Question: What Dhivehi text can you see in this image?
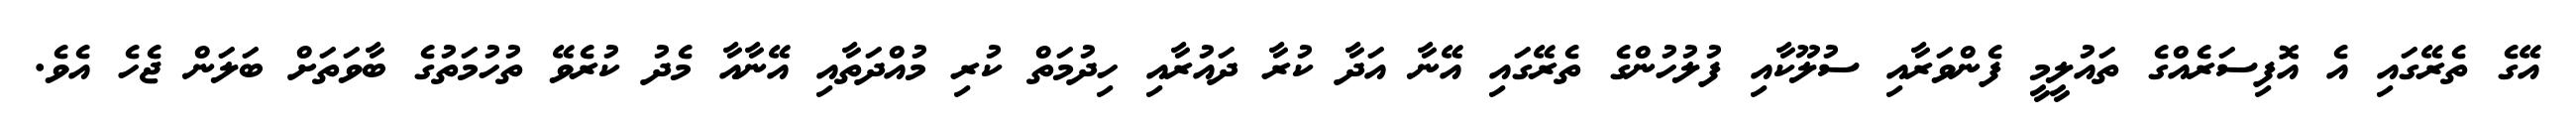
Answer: އޭގެ ތެރޭގައި އެ އޮފިސަރެއްގެ ތައުލީމީ ފެންވަރާއި ސުލޫކާއި ފުލުހުންގެ ތެރޭގައި އޭނާ އަދާ ކުރާ ދައުރާއި ހިދުމަތް ކުރި މުއްދަތާއި އޭނާއާ މެދު ކުރެވޭ ތުހުމަތުގެ ބާވަތަށް ބަލަން ޖެހެ އެވެ.